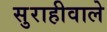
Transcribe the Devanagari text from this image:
सुराहीवाले